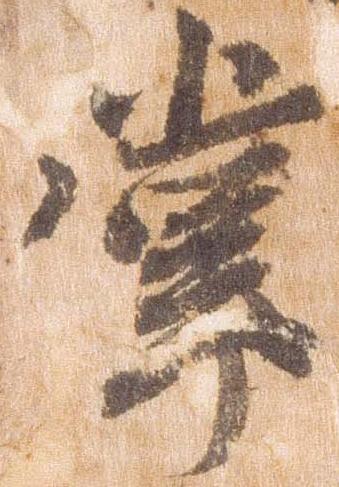
掌